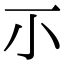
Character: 𡭕